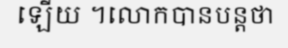
ឡើយ ។លោកបានបន្តថា